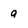
Character: q